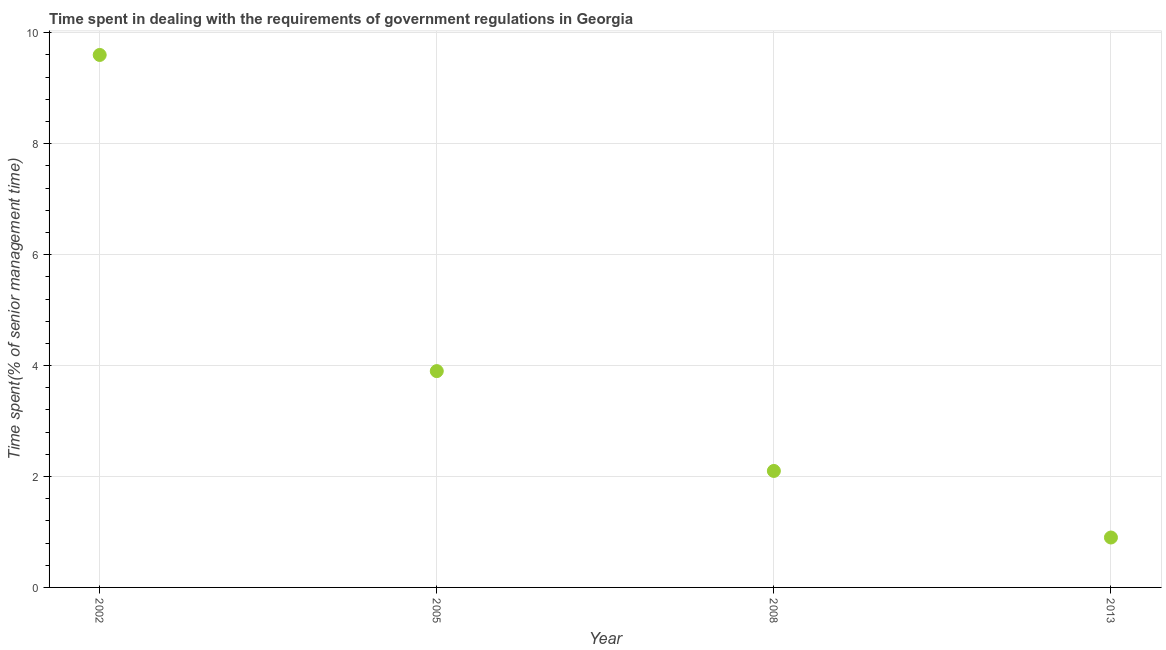
| Year | Government regulations |
 | --- | --- |
 | 2002 | 9.6 |
 | 2005 | 3.9 |
 | 2008 | 2.1 |
 | 2013 | 0.9 |